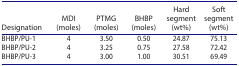
<table><thead><tr><td><b>Designation</b></td><td><b>MDI (moles)</b></td><td><b>PTMG (moles)</b></td><td><b>BHBP (moles)</b></td><td><b>Hard segment (wt%)</b></td><td><b>Soft segment (wt%)</b></td></tr></thead><tbody><tr><td>BHBP/PU-1</td><td>4</td><td>3.50</td><td>0.50</td><td>24.87</td><td>75.13</td></tr><tr><td>BHBP/PU-2</td><td>4</td><td>3.25</td><td>0.75</td><td>27.58</td><td>72.42</td></tr><tr><td>BHBP/PU-3</td><td>4</td><td>3.00</td><td>1.00</td><td>30.51</td><td>69.49</td></tr></tbody></table>